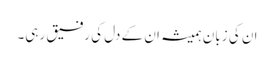
ان کی زبان ہمیشہ ان کے دل کی رفیق رہی۔